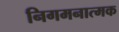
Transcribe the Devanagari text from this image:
निगमनात्‍मक